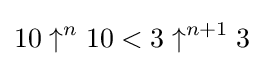
10\uparrow ^{n}10<3\uparrow ^{n+1}3